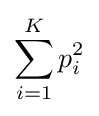
\sum _{i=1}^{K}p_{i}^{2}